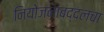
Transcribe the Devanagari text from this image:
नियोजनाबद्दलचा